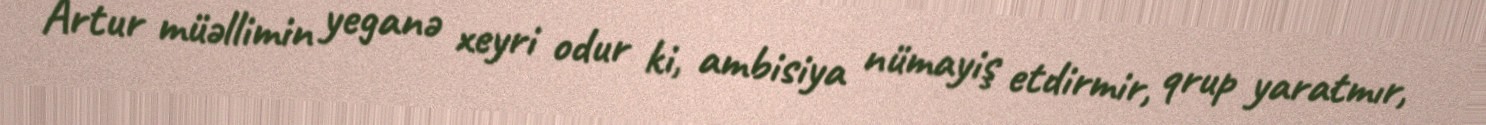
Artur müəllimin yeganə xeyri odur ki, ambisiya nümayiş etdirmir, qrup yaratmır,